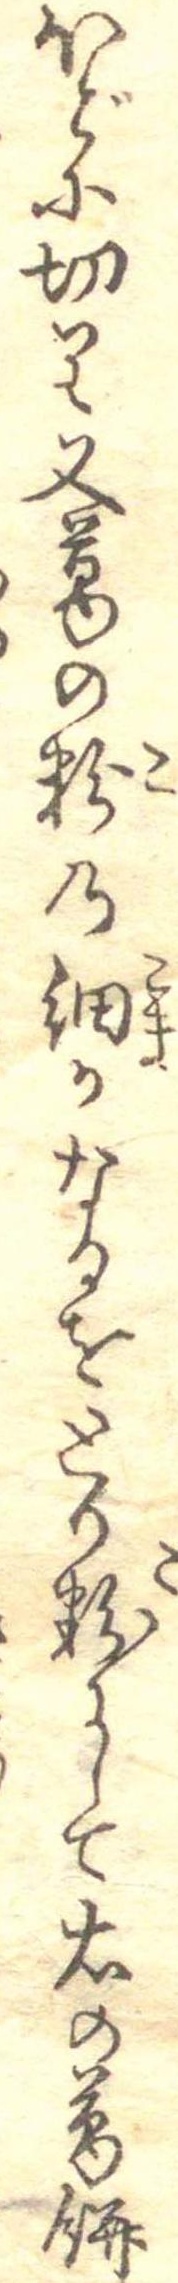
ほどに切り又葛の粉の細かなるをとり粉にして右の葛餅